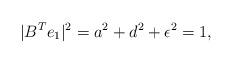
LaTeX: \begin{align*}| B^T e_1 |^2 = a^2 + d^2 + \epsilon^2 = 1,\end{align*}